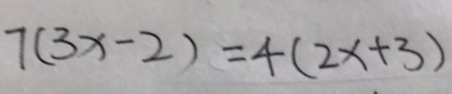
7 ( 3 x - 2 ) = 4 ( 2 x + 3 )